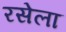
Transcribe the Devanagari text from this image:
रसेला